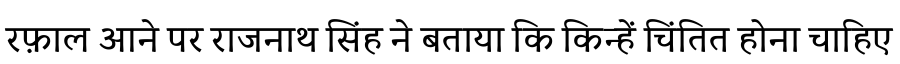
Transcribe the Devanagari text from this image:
रफ़ाल आने पर राजनाथ सिंह ने बताया कि किन्हें चिंतित होना चाहिए